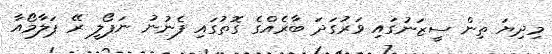
މިދިޔަ ތިން ސީޒަނުގައި ވަރުގަދަ ބާރެއްގެ ގޮތުގައި ފެނުނު ނަޕޯލީ ރޭ ޕަލާމޯއާ